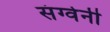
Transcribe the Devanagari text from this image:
संग्वेनी